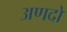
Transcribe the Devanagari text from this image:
अणदो